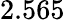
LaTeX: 2.565